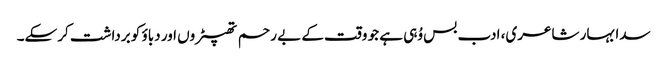
سدا بہار شاعری، ادب بس وُہی ہے جو وقت کے بے رحم تھپیڑوں اور دباؤ کو برداشت کرسکے۔